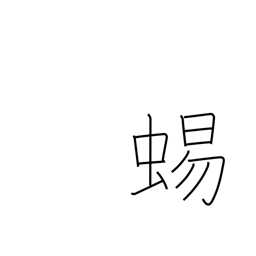
Meaning: lizard